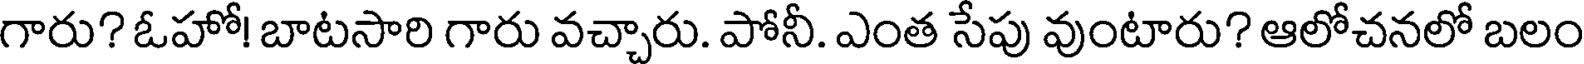
గారు? ఓహో! బాటసారి గారు వచ్చారు. పోనీ. ఎంత సేపు వుంటారు? ఆలోచనలో బలం